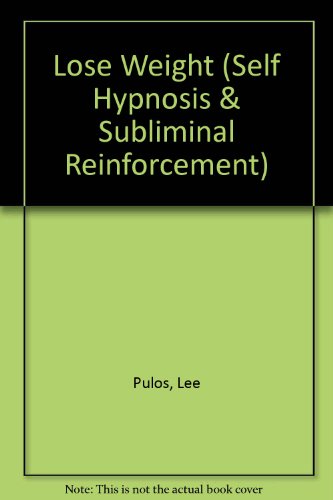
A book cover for Lose Weight (Self Hypnosis and Subliminal Reinforcement); Lee Pulos; Health, Fitness & Dieting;